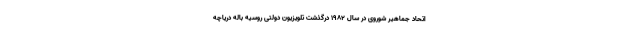
اتحاد جماهیر شوروی در سال ۱۹۸۲ درگذشت تلویزیون دولتی روسیه باله دریاچه